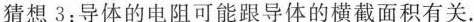
猜想3：导体的电阻可能跟导体的横截面积有关.